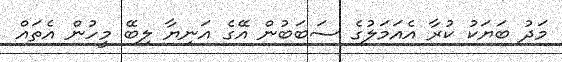
މަދު ބަޔަކު ކުރާ އެއަމަލުގެ ސަބަބުން އޭގެ އަނިޔާ ލިބޭ މީހުން އެތައް